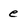
Character: e